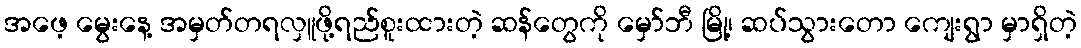
အဖေ့ မွေးနေ့ အမှတ်တရလှူဖို့ရည်စူးထားတဲ့ ဆန်တွေကို မှော်ဘီ မြို့၊ ဆပ်သွားတော ကျေးရွာ မှာရှိတဲ့